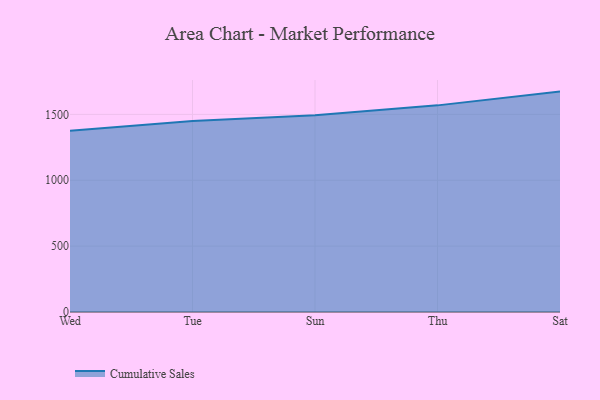
{"axis": {"x": "Day", "y": "Bounce Rate (%)"}, "legend": ["Cumulative Sales"], "data": [{"x": "Wed", "y": 1375.0, "type": "Cumulative Sales"}, {"x": "Tue", "y": 1450.3, "type": "Cumulative Sales"}, {"x": "Sun", "y": 1493.0, "type": "Cumulative Sales"}, {"x": "Thu", "y": 1568.4, "type": "Cumulative Sales"}, {"x": "Sat", "y": 1672.9, "type": "Cumulative Sales"}]}